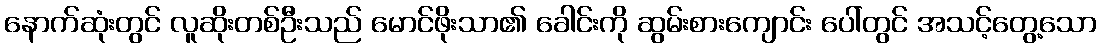
နောက်ဆုံးတွင် လူဆိုးတစ်ဦးသည် မောင်ဖိုးသာ၏ ခေါင်းကို ဆွမ်းစားကျောင်း ပေါ်တွင် အသင့်တွေ့သော